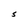
Character: S